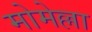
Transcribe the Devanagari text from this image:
मोमेल्ला